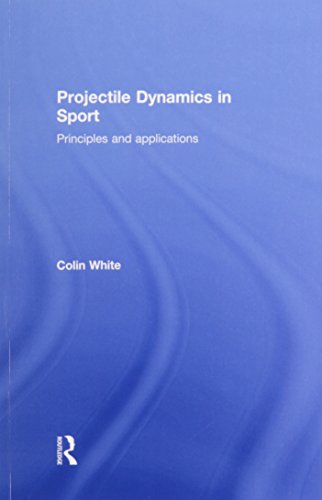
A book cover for Projectile Dynamics in Sport: Principles and Applications; Colin White; Science & Math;